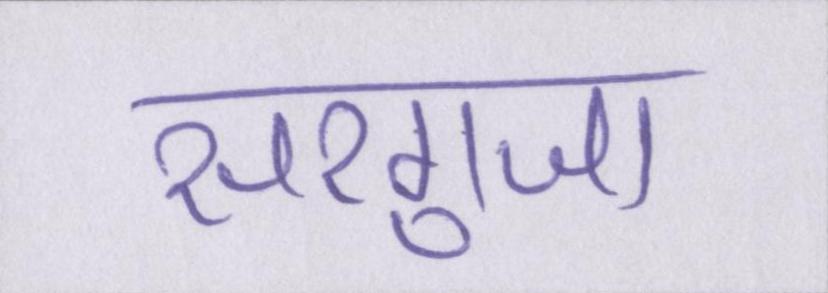
सरगुजा